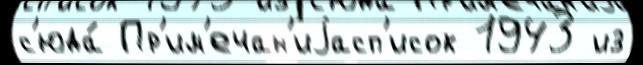
с'юда́ Пр'им'ечан'иjасп'исок 1943 из